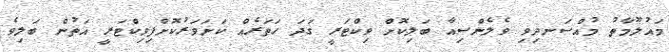
މައުލޫމާތު މުއްސަނދިވި ވެލެންސިއާ ބަލިކޮށް ވިކްޓަރީ ގަދަ ހަތަރެއް ކަށަވަރުކޮށްފިވިކްޓަރީ އަތުން ބަލިވެ